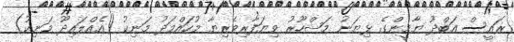
ރައީސް އަބްދު ޔާމީންގެ ޅިޔަނު މަޝްހޫރު ވިޔަފާރިވެރިޔާ މުހައްމަދު މަނިކު (އެއްލައިދޫ މަނިކު)